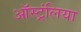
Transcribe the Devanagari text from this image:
ऑस्ट्रंलिया